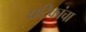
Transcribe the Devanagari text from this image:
घटिकांचा